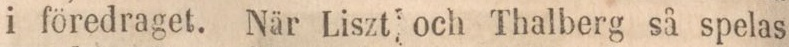
i föredraget. När Liszt och Thalberg så spelas